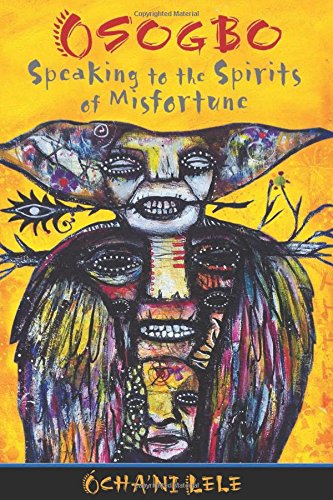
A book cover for Osogbo: Speaking to the Spirits of Misfortune; ÃEcha'ni Lele; Religion & Spirituality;